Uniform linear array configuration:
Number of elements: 8
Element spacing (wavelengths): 0.5
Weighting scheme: uniform
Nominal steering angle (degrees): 60
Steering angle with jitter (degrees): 59.388
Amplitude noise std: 0.05
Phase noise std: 0.05

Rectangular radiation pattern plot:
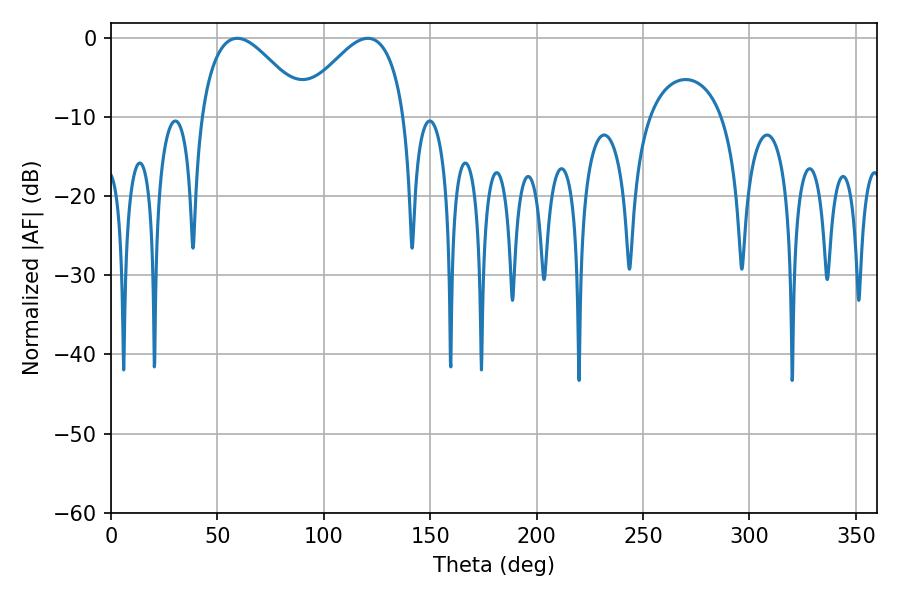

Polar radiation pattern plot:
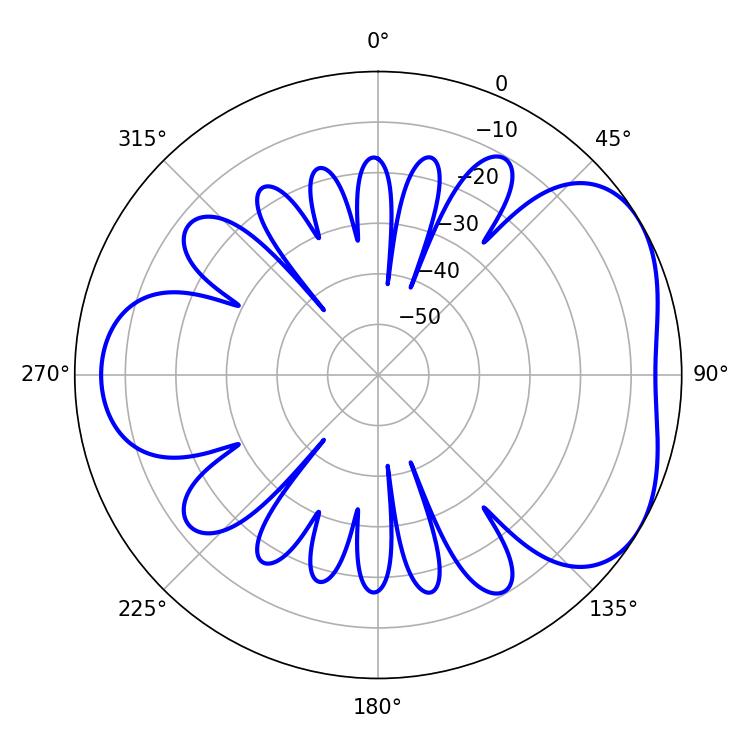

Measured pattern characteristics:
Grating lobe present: FALSE
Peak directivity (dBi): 4.351
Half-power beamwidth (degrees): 26.82
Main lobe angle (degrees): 59.4